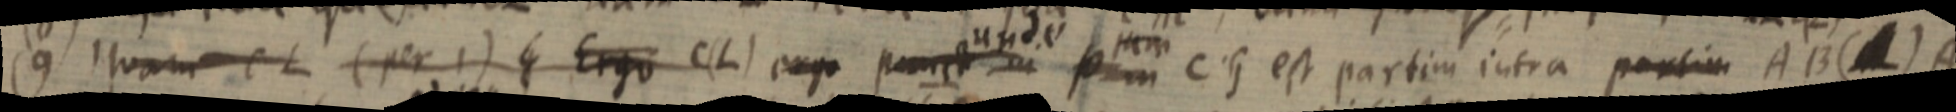
(9) Quam CL (per 1) _ Ergo C (L) ergo punct_ in p in CG est partim intra partim AB (_) A